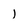
Character: 1